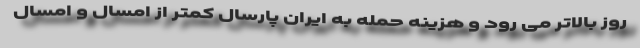
روز بالاتر می رود و هزینه حمله به ایران پارسال کمتر از امسال و امسال